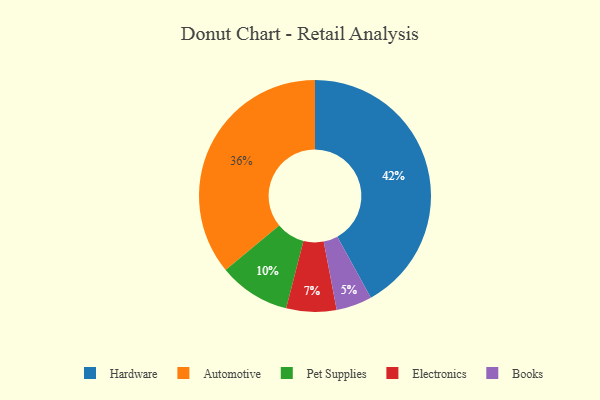
{"axis": {"x": "Category", "y": "Percentage"}, "legend": ["Automotive", "Books", "Electronics", "Hardware", "Pet Supplies"], "data": [{"x": "Pet Supplies", "y": 10, "type": "Pet Supplies"}, {"x": "Electronics", "y": 7, "type": "Electronics"}, {"x": "Hardware", "y": 42, "type": "Hardware"}, {"x": "Automotive", "y": 36, "type": "Automotive"}, {"x": "Books", "y": 5, "type": "Books"}]}